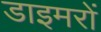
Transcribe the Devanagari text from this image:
डाइमरों